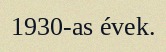
1930-as évek.